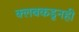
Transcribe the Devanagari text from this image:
क्लबकडूनही